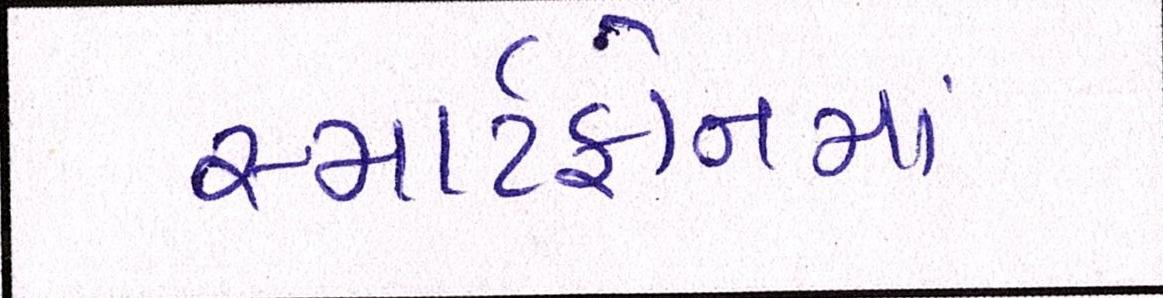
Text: સ્માર્ટફોનમાં